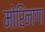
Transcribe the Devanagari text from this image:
मोरिनागा